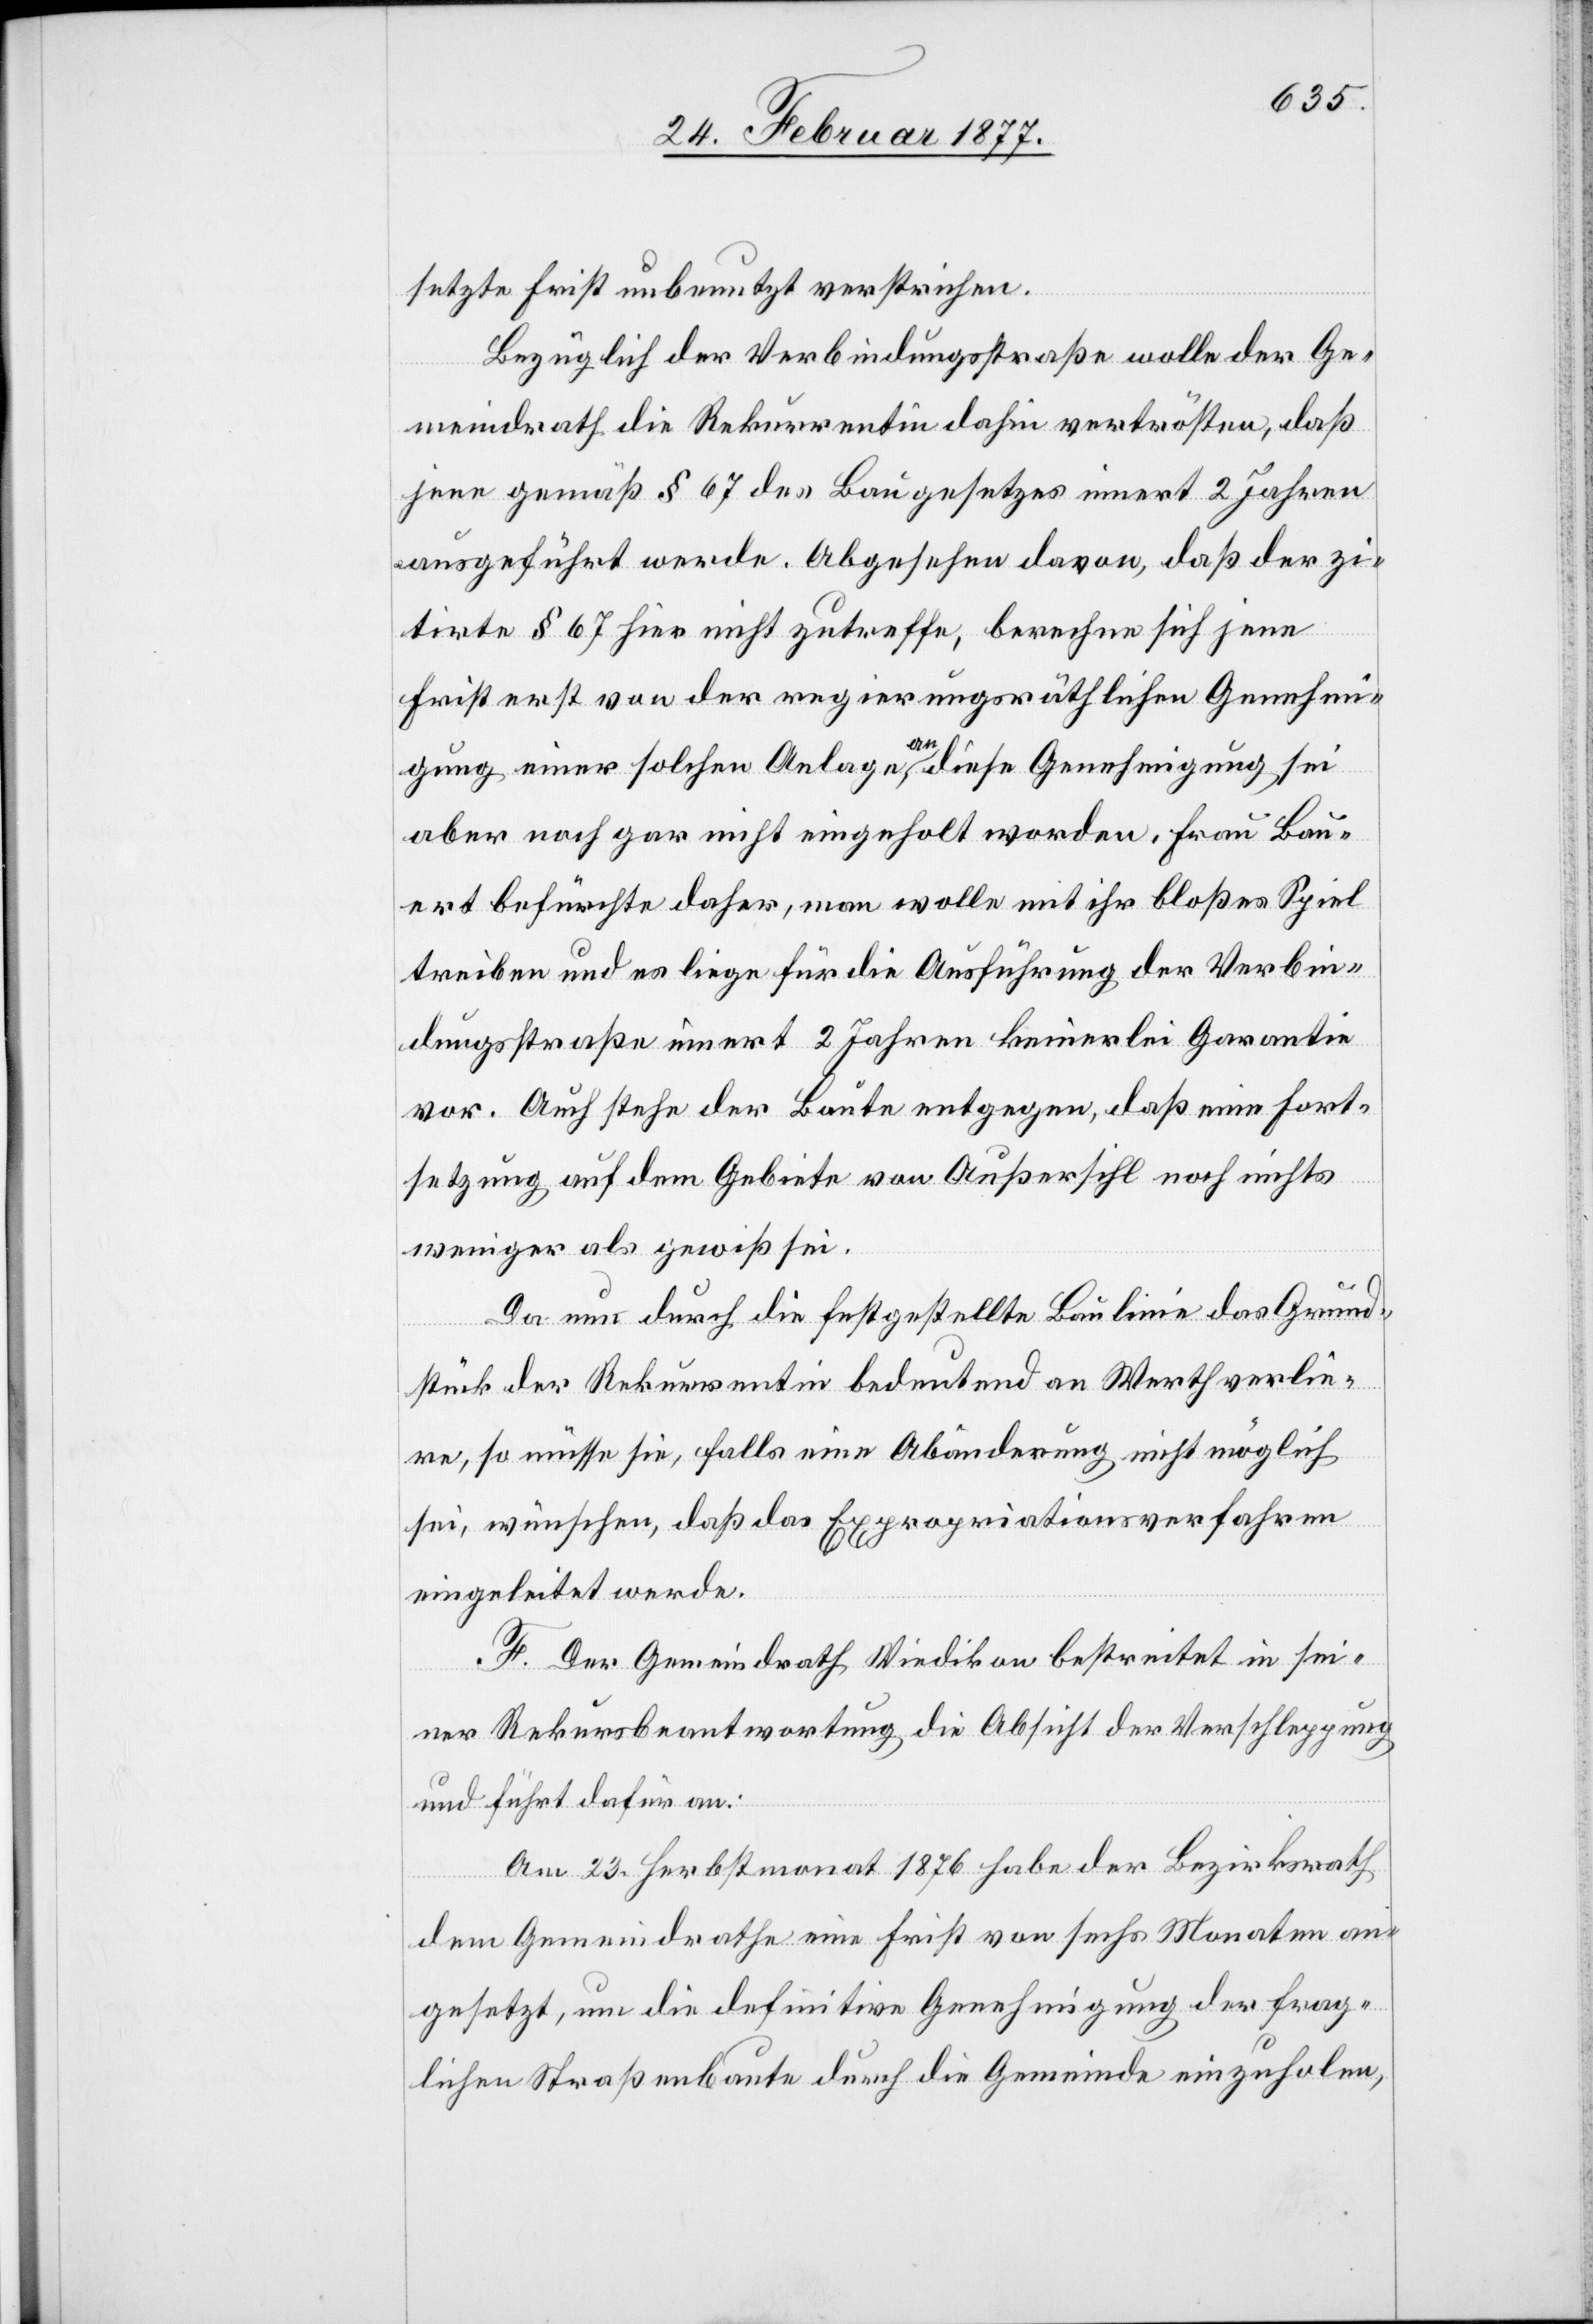
setzte Frist unbenutzt verstrichen.
Bezüglich der Verbindungsstraße wolle der Ge¬
meindrath die Rekurrentin dahin vertrösten, daß
jene gemäß § 67 des Baugesetzes innert 2 Jahren
ausgeführt werde. Abgesehen davon, daß der zi¬
tirte § 67 hier nicht zutreffe, berechne sich jene
Frist erst von der regierungsräthlichen Genehmi¬
gung einer solchen Anlage an, diese Genehmigung sei
aber noch gar nicht eingeholt worden. Frau Bau¬
ert befürchte daher, man wolle mit ihr bloßes Spiel
treiben und es liege für die Ausführung der Verbin¬
dungsstraße innert 2 Jahren keinerlei Garantie
vor. Auch stehe der Baute entgegen, daß eine Fort¬
setzung auf dem Gebiete von Außersihl noch nichts
weniger als gewiß sei.
Da nun durch die festgestellte Baulinie das Grund¬
stück der Rekurrentin bedeutend an Werth verlie¬
re, so müsse sie, falls eine Abänderung nicht möglich
sei, wünschen, daß das Expropriationsverfahren
eingeleitet werde.
F. Der Gemeindrath Wiedikon bestreitet in sei¬
ner Rekursbeantwortung die Absicht der Verschleppung
und führt dafür an:
Am 23. Herbstmonat 1876 habe der Bezirksrath
dem Gemeindrathe eine Frist von sechs Monaten an¬
gesetzt, um die definitive Genehmigung der frag¬
lichen Straßenbaute durch die Gemeinde einzuholen,